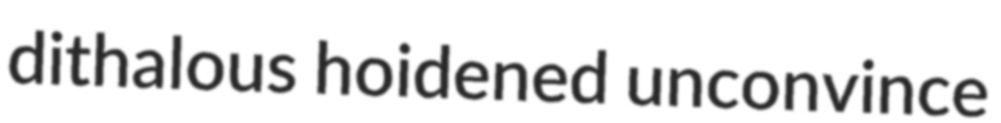
dithalous hoidened unconvince